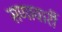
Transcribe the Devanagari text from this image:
सणावारीं